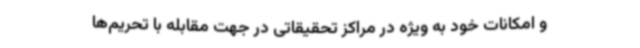
و امکانات خود به ویژه در مراکز تحقیقاتی در جهت مقابله با تحریم‌ها